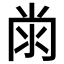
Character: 𭁭